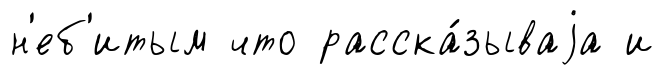
н'еб'итым что расска́зываjа и